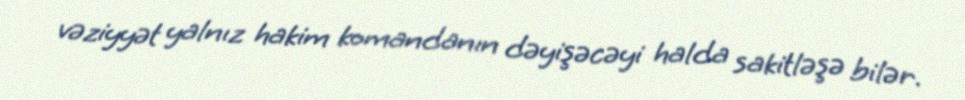
vəziyyət yalnız hakim komandanın dəyişəcəyi halda sakitləşə bilər.